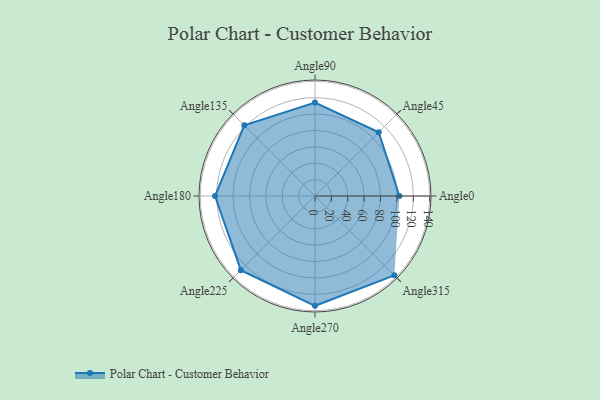
{"axis": {"x": "Angle", "y": "Radius"}, "legend": [""], "data": [{"x": "Angle0", "y": 103.0, "type": ""}, {"x": "Angle45", "y": 110.0, "type": ""}, {"x": "Angle90", "y": 114.0, "type": ""}, {"x": "Angle135", "y": 122.0, "type": ""}, {"x": "Angle180", "y": 122.0, "type": ""}, {"x": "Angle225", "y": 128.0, "type": ""}, {"x": "Angle270", "y": 134.0, "type": ""}, {"x": "Angle315", "y": 137.0, "type": ""}]}